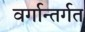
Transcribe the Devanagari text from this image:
वर्गान्तर्गत